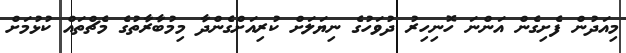
މިއަދުން ފެށިގެން އަންނަ ހޮނިހިރު ދުވަހުގެ ނިޔަލަށް ކުރިއަށްގެންދާ މިމުބާރާތުގެ މެޗްތައް ކުޅުމަށް